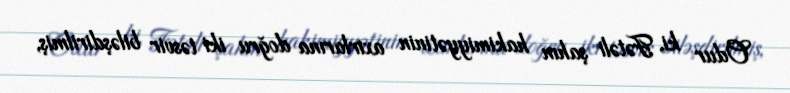
Odur ki, Fətəli şahın hakimiyyətinin axırlarına doğru iki təsvir biləşdirilmiş,